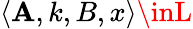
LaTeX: \langle\mathbf{A},k,B,x\rangle\inL